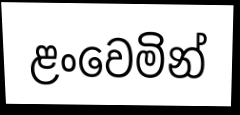
ළංවෙමින්